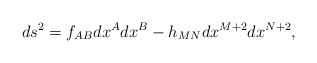
\begin{align*}ds^2=f_{AB}dx^A dx^B-h_{MN}dx^{M+2}dx^{N+2},\end{align*}